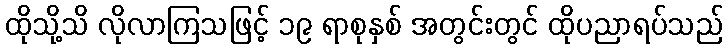
ထိုသို့သိ လိုလာကြသဖြင့် ၁၉ ရာစုနှစ် အတွင်းတွင် ထိုပညာရပ်သည်